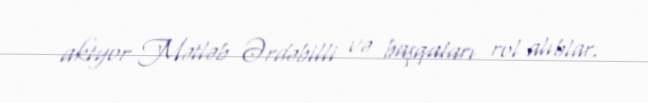
aktyor Mətləb Ərdəbilli və başqaları rol alıblar.